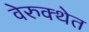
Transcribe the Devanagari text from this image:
वेरुक्थेत